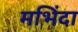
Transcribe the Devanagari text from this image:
मभिंदा